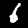
Digit: 6